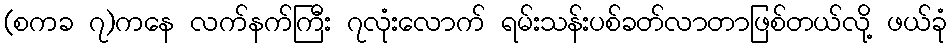
(စကခ ၇)ကနေ လက်နက်ကြီး ၇လုံးလောက် ရမ်းသန်းပစ်ခတ်လာတာဖြစ်တယ်လို့ ဖယ်ခုံ